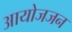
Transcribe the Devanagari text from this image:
आयोजजन